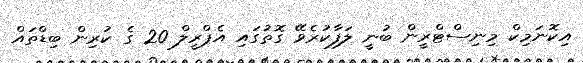
އިކޮނަމިކް މިނިސްޓްރީން ބުނީ ލަފާކުރެވޭ ގޮތުގައި އެޕްރީލް 20 ގެ ކުރިން ބިޑްތައް